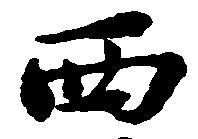
西